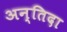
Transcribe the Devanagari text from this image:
अन्तिदा